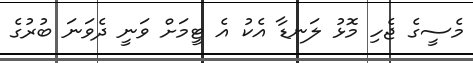
މެސީގެ ޖެހި މޮޅު ލަނޑާ އެކު އެ ޓީމަށް ވަނީ ދެވަނަ ބުރުގެ